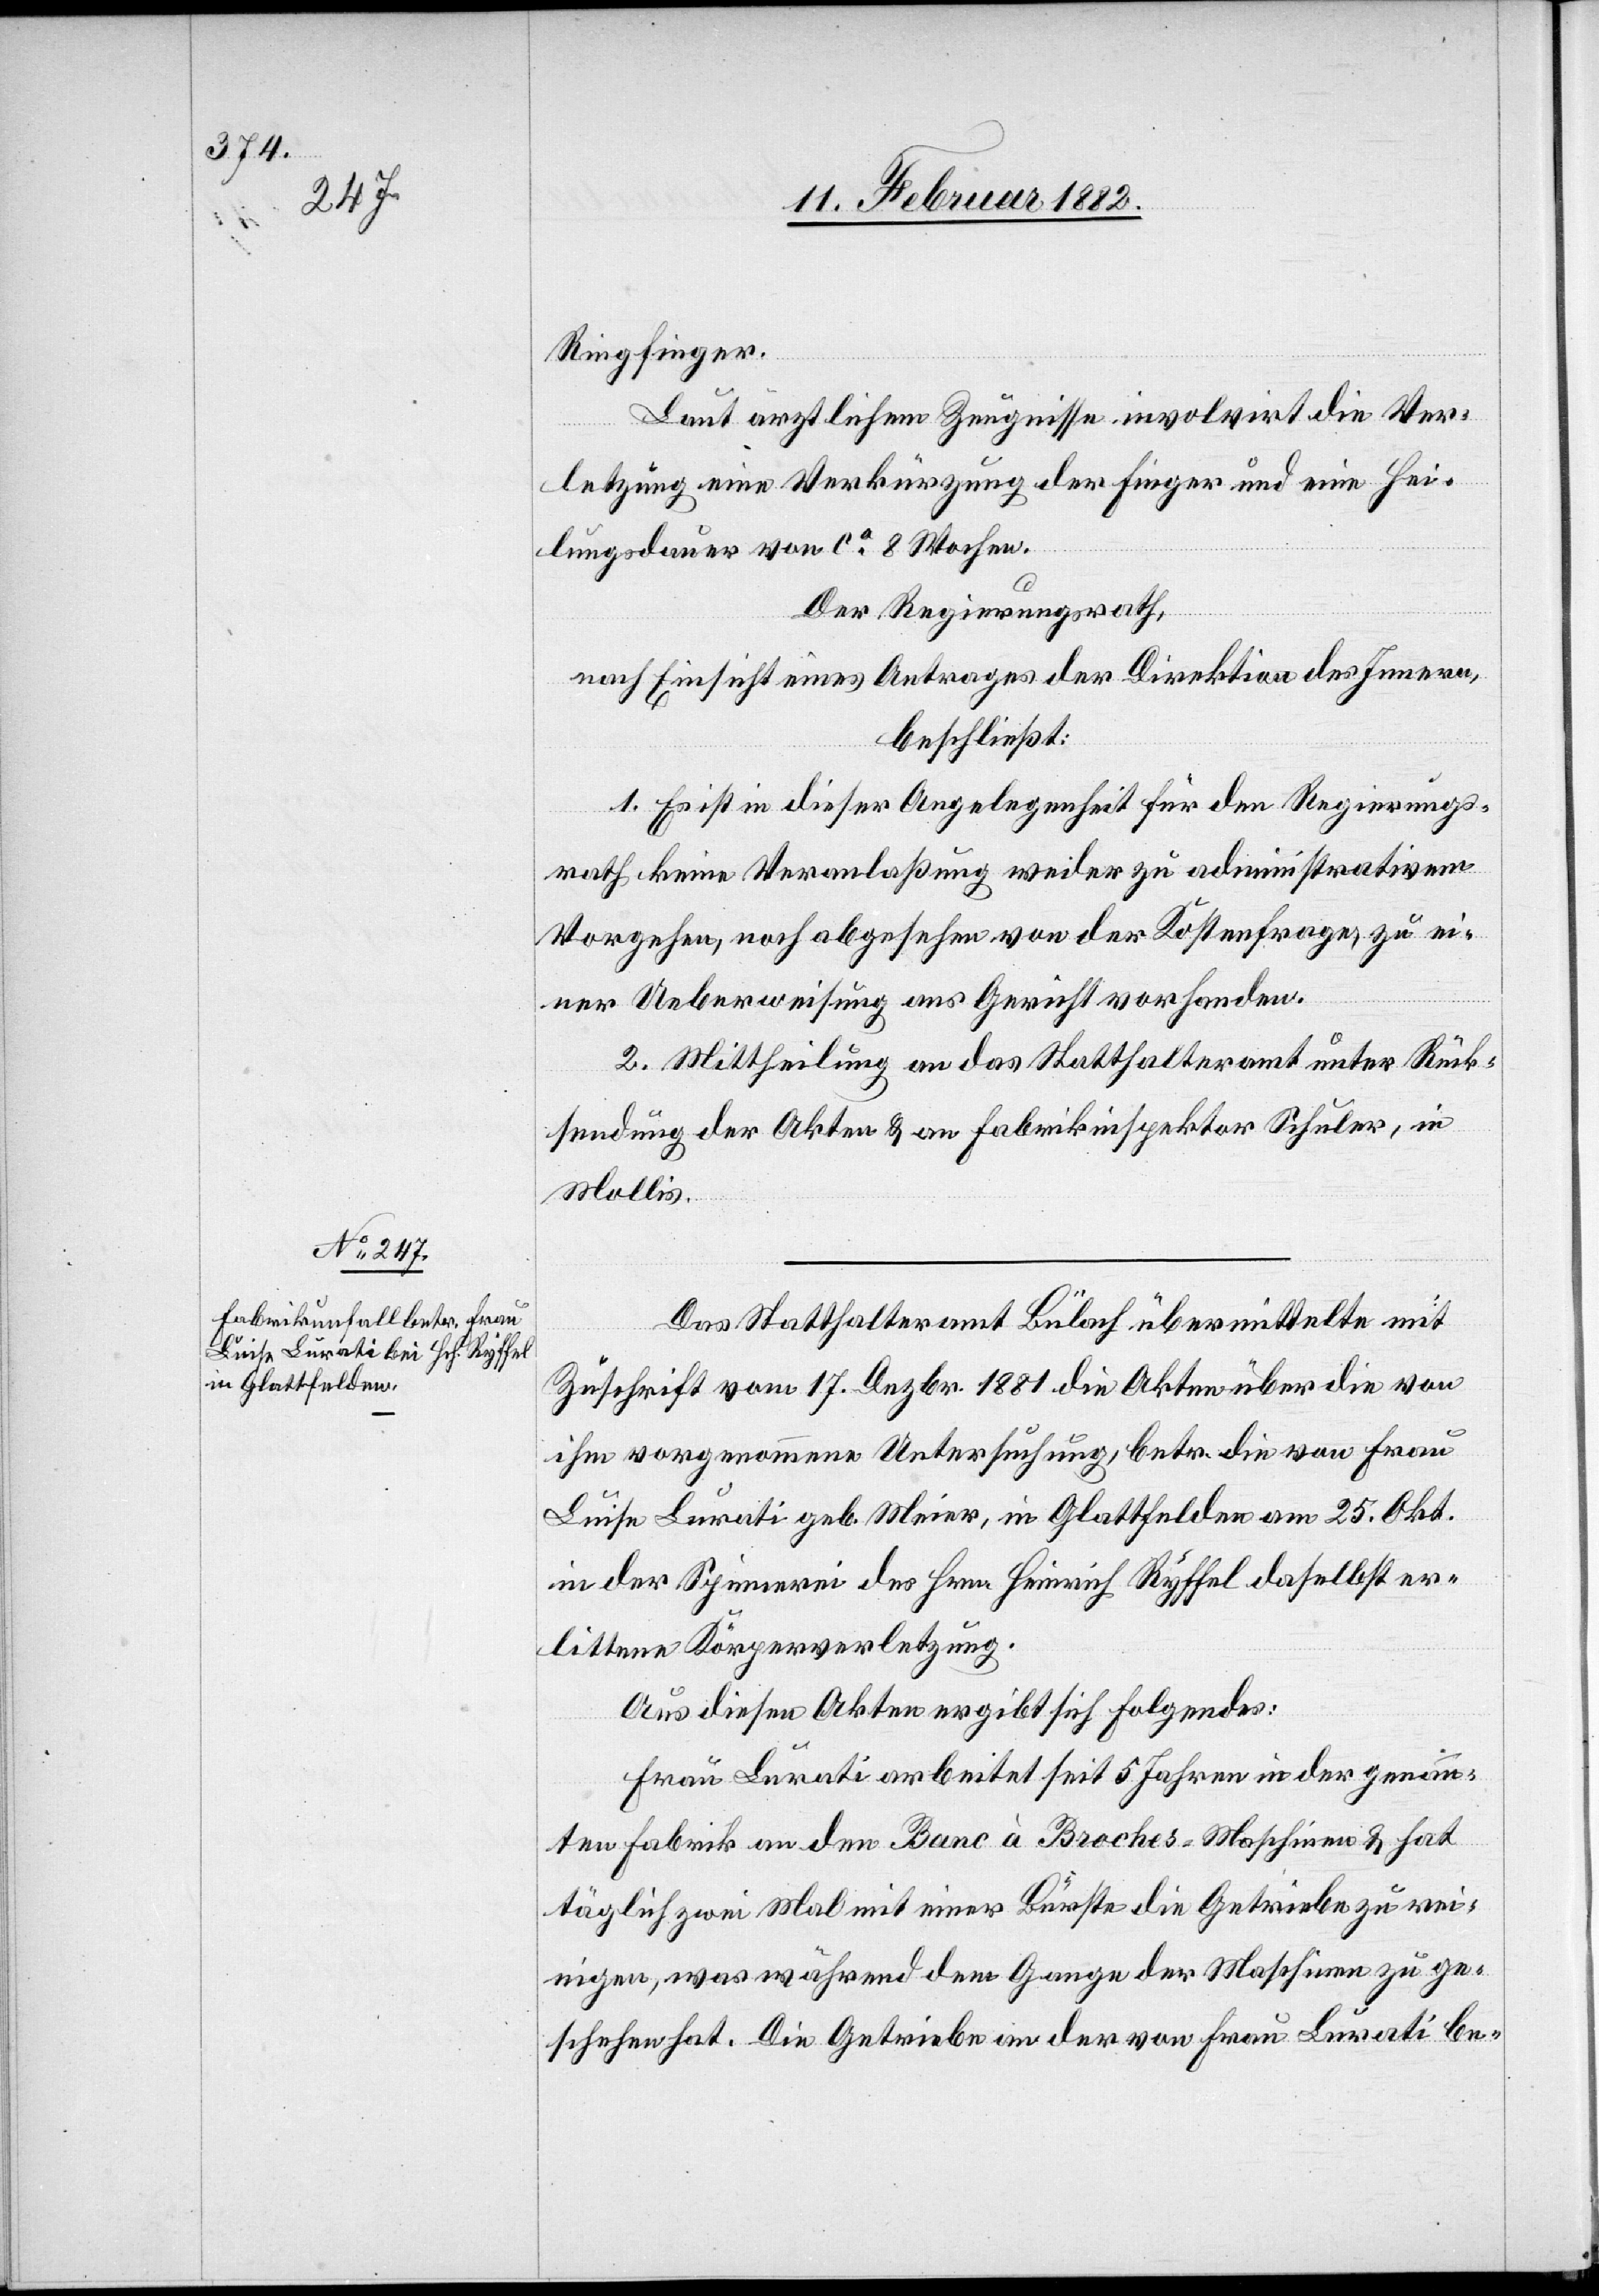
Ringfinger.
Laut ärztlichem Zeugnisse involviert die Ver¬
letzung eine Verkürzung der Finger und eine Hei¬
lungsdauer von ca 8 Wochen.
Der Regierungsrath,
nach Einsicht eines Antrages der Direktion der Innern,
beschließt:
1. Es ist in dieser Angelegenheit für den Regierungs¬
rath keine Veranlaßung weder zu administrativen
Vorgehen, noch abgesehen von der Kostenfrage, zu ei¬
ner Ueberweisung ans Gericht vorhanden.
2. Mittheilung an das Statthalteramt unter Rück¬
stellung der Akten & an Fabrikinspektor Schuler, in
Mollis.
Das Statthalteramt Bülach übermittelte mit
Zuschrift vom 17. Dezbr. 1881 die Akten über die von
ihm vorgenommene Untersuchung, betr. die von Frau
Luisa Lurati geb. Meier, in Glattfelden am 25. Okt.
in der Spinnerei des Hrn. Heinrich Ryffel daselbst er¬
littene Körperverletzung.
Aus diesen Akten ergibt sich Folgendes:
Frau Lurati arbeitet seit 5 Jahren in der genann¬
ten Fabrik an den Banc à Broches-Maschinen & hat
täglich zwei Mal mit einer Bürste die Getriebe zu rei¬
nigen, was während dem Gange der Maschine zu ge¬
schehen hat. Die Getriebe an der von Frau Lurati be-